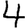
Digit: 4